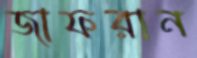
জাফরান